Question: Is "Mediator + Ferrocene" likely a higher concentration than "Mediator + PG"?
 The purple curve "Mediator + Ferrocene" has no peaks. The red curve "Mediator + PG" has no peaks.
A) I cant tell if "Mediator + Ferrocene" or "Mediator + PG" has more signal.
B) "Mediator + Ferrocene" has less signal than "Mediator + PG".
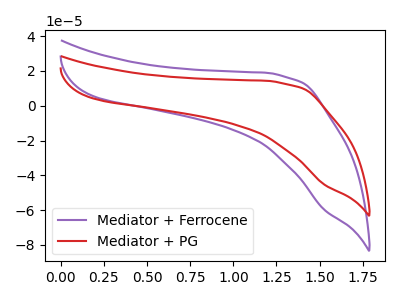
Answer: <think>Neither "Mediator + Ferrocene" or "Mediator + PG" have any peaks.
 </think>
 <answer>A) I cant tell if "Mediator + Ferrocene" or "Mediator + PG" has more signal.</answer>
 <eval>A</eval>